Statistical return of the lunatic asylum in Assam - 1912-1932
Year: 1912
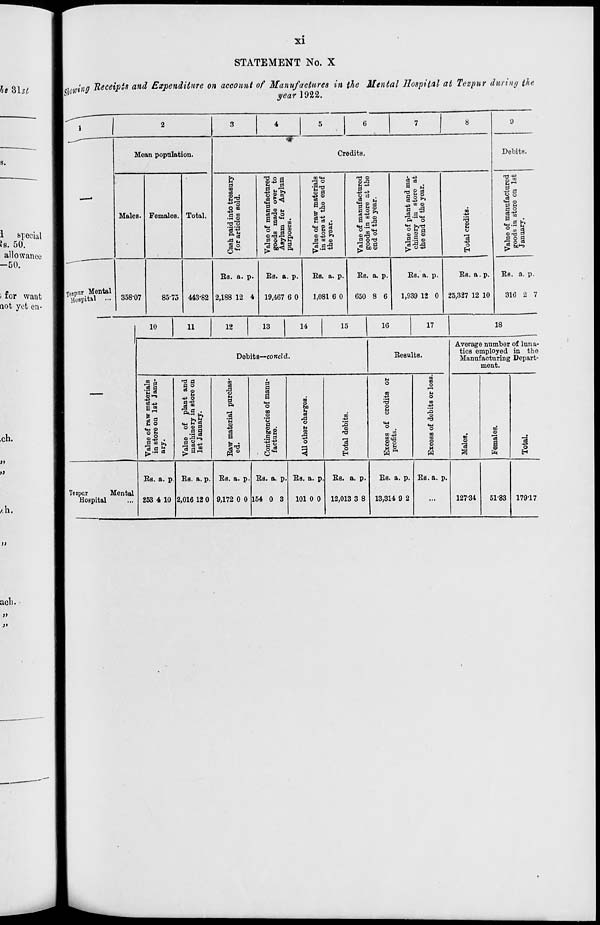
XI
STATEMENT No. X
■ m m Un "Receipts and Expenditure on account of Manufactures in the Mental Hospital at Tezpur during the
m
yearly.
T«P nr . Mental
HoBpital
Mean population.
Males.
358-07
Females.
8575
Total.
Credits.
a
ID
a
©n-«
^2
O oo
43
d m
•3:3 & 3
II
© 43 d
a 1
9 £ «
iB O ~
0
a ® M
*" a So
oo«w
1.2 ■g'2
43 ©
8 il
d m UJ
K.TH+3
T3 ©
© J3
>< -W
0
■>3 43
*B ®
-3 *
B
p a
a-s 3 u
goS. 03 43 •"»
cJ d
P4
O
•H >»T3
o u a
o | S
d *- _
•ail
Kl O 43
&
03
43
O
443-82
Es. a. p.
2,188 12 4
Es. a. p.
19,467 6 0
Es. a. p.
1,081 6 0
EB. a. p.
650 8 6
Es. a. p.
1,939 12 0
Debits.
Es. a. p.
25,327 12 10
rrj 43
la
si
•5.2 b
© a
S^ 2.
floS
j« 8)1-8
EB. a. p.
316 2 7
10
11
12
13
14
15
1G
17
18
DebitB—concld.
Eesults.
E m
* 5
U O
<M O
°s
CJ43
0 <Q
^•r< 03
T3 d
d o
H
43 O
M
d d
•fl o3
5 03 •+=
3a3
| o
d
©
a
;T3
©
d
d
a
m
a
'o
d
i§
§1
0Q
©
to
3
rd
O
n
a>
XI
43
o
O
3 o
H
»4
o
00
©
©
no a
9*8
H fi
oo
oa
O
u
O
T3
00
oa
o
©
Average num'ber of luna-
tics employed in the
Manufacturing Depart-
ment.
©
1
00
©
a
©
03
43
o
H
Te.pur
Mental
Hospital
Es. a. p
253 4 10
Es. a. p.
2,016 12 0
Es. a. p.
9,172 0 0
Es. a. p.
154 0 3
Es. a. p.
101 0 0
Es. a. p.
12,013 3 8
Es. a. p.
13,314 9 2
Es. a. p.
127-34
51-83 17917